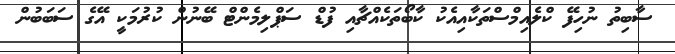
ސާބިތު ނުހިފޭ ކްލެއިމްސްތަކާއިއެކު ކާބޯތަކެއްޗާއި ފުޑް ސަޕްލިމެންޓް ބޭނުން ކުރުމަކީ އޭގެ ސަބަބުން